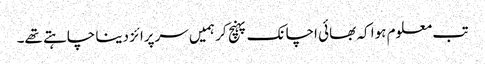
تب معلوم ہوا کہ بھائی اچانک پہنچ کر ہمیں سرپرائز دینا چاہتے تھے۔